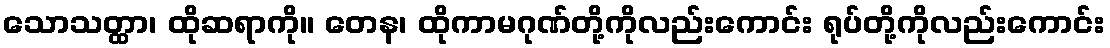
သောသတ္ထာ၊ ထိုဆရာကို။ တေန၊ ထိုကာမဂုဏ်တို့ကိုလည်းကောင်း ရုပ်တို့ကိုလည်းကောင်း